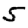
Digit: 5